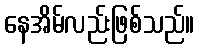
နေအိမ်လည်းဖြစ်သည်။